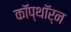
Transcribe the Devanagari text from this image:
कॉप्थॉर्न